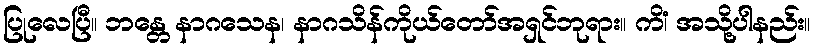
ပြုလေပြီ။ ဘန္တေ နာဂသေန၊ နာဂသိန်ကိုယ်တော်အရှင်ဘုရား။ ကိံ၊ အသို့ပါနည်း။